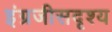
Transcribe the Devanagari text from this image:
इंग्रजीसदृश्य